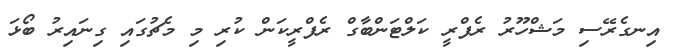
އިނގެރޭސި މަޝްހޫރު ރެފްރީ ކަލްޓަންބާގް ރެފްރީކަން ކުރި މި މެޗުގައި ގިނައިރު ބޯޅަ